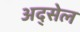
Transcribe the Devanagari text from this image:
अद्सेल